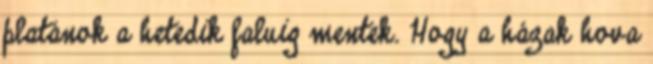
platánok a hetedik faluig mentek. Hogy a házak hova